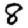
Digit: 8